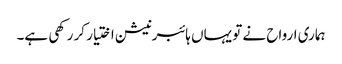
ہماری ارواح نے تو یہاں ہائبرنیشن اختیار کر رکھی ہے۔